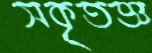
সকৃতজ্ঞ